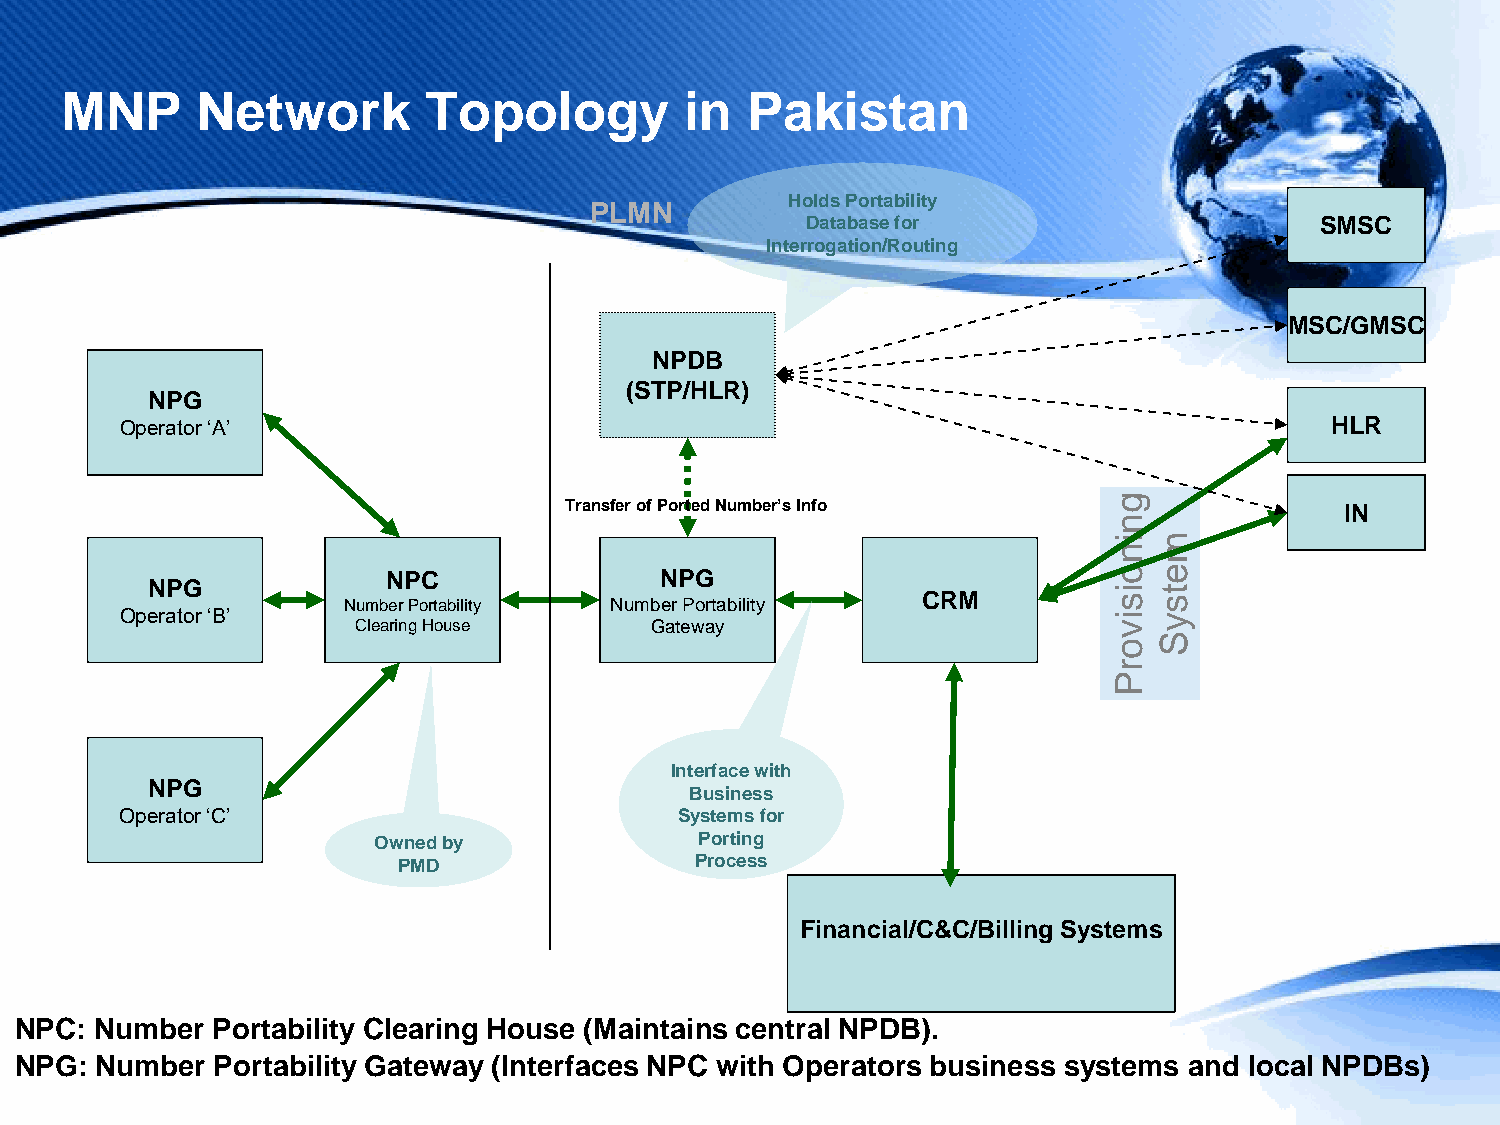
MNP      Network        Topology         in  Pakistan
 Holds Portability
 PLMN
 Database for                      SMSC
 Interrogation/Routing
 MSC/GMSC
 NPDB
 (STP/HLR)
 NPG
 Operator ‘A’                                                                    HLR
 Transfer of Ported Number’s Info     g              IN
 n
 i  m
 n
 NPC               NPG                           o  e
 NPG          Number Portability Number Portability CRM          i s t s
 Operator ‘B’   Clearing House      Gateway                        i v y
 o  S
 r
 P
 Interface with
 NPG
 Business
 Operator ‘C’                         Systems for
 Owned by             Porting
 PMD                 Process
 Financial/C&C/Billing Systems
 NPC: Number  Portability Clearing House (Maintains central NPDB).
 NPG: Number  Portability Gateway (Interfaces NPC with Operators business systems and local NPDBs)